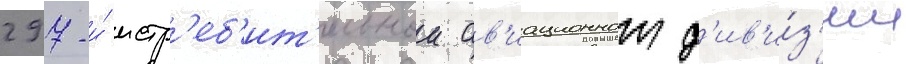
297-и́ истр'еб'ит'ельнои ав'иационнои д'ив'и́з'ии